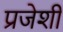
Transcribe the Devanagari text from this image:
प्रजेशी